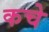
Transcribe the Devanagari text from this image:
कचे